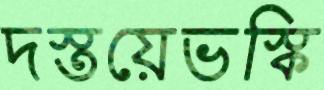
দস্তয়েভস্কি